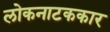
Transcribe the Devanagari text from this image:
लोकनाटककार